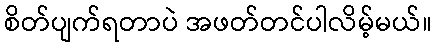
စိတ်ပျက်ရတာပဲ အဖတ်တင်ပါလိမ့်မယ်။